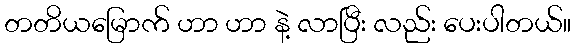
တတိယမြောက် ဟာ ဟာ နဲ့ လာပြီး လည်း ပေးပါတယ်။